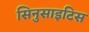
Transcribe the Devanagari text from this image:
सिनुसाइटिस